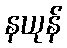
နယုန်